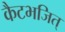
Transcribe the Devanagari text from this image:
कैटभजित्